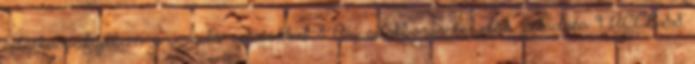
adatbázisfájlban szereplő adatokkal 8 Az adatbázis-kezelők feladata 9 ACCESS